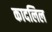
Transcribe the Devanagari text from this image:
कादलिल